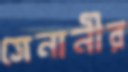
সেনানীর